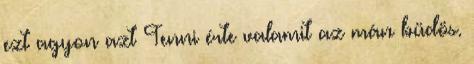
ezt agyon azt Tenni érte valamit az mán büdös.